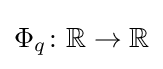
\Phi _{q}\colon \mathbb {R} \to \mathbb {R}